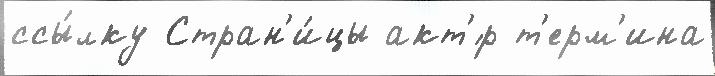
ссы́лку Стран'и́цы акт'́р т'ерм'ина